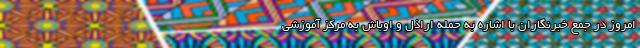
امروز در جمع خبرنگاران با اشاره به حمله اراذل و اوباش به مرکز آموزشی